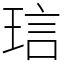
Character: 琂